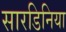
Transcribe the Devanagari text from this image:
सारडिनिया